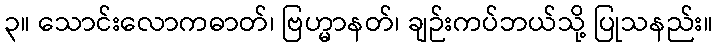
၃။ သောင်းလောကဓာတ်၊ ဗြဟ္မာနတ်၊ ချဉ်းကပ်ဘယ်သို့ ပြုသနည်း။